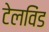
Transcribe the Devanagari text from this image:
टेलविंड